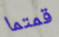
قمتما